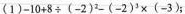
(1)$$ - 10 + 8 {\div} (-2)^{2} - ( - 2)^{3} \times ( - 3)$$；